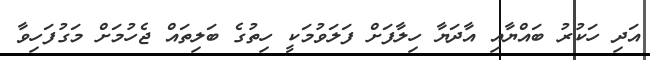
އަދި ހަކުރު ބައްޔާއި އާދަޔާ ހިލާފަށް ފަލަވުމަކީ ހިތުގެ ބަލިތައް ޖެހުމަށް މަގުފަހިވާ